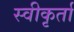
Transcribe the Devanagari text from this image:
स्वीकृर्ता